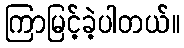
ကြာမြင့်ခဲ့ပါတယ်။